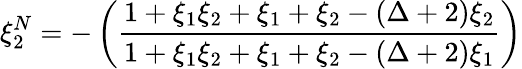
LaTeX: \xi_{2}^{N}=-\left(\frac{1+\xi_{1}\xi_{2}+\xi_{1}+\xi_{2}-(\Delta+2)\xi_{2}}{1+\xi_{1}\xi_{2}+\xi_{1}+\xi_{2}-(\Delta+2)\xi_{1}}\right)